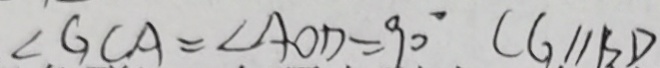
\angle G C A = \angle A O D = 9 0 ^ { \circ } C G / / B D